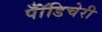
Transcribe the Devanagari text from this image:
पॉँडिचेरी